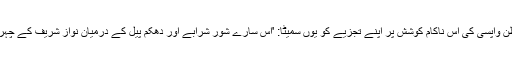
انہوں نے میاں نواز شریف کی وطن واپسی کی اس ناکام کوشش پر اپنے تجزیے کو یوں سمیٹا: 'اس سارے شور شرابے اور دھکم پیل کے درمیان نواز شریف کے چہرے پر پہلی دفعہ مکمل سکون تھا۔